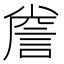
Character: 𮘐